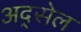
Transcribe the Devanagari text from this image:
अद्सेल